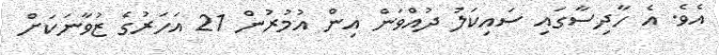
އެވެ. އެ ހާދިސާގައި ސައިކަލު ދުއްވަން އިން އުމުރުން 21 އަހަރުގެ ޒުވާނަކަށް